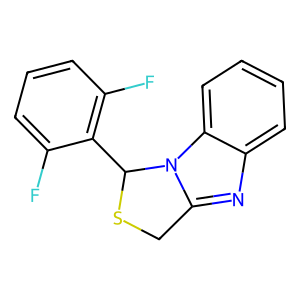
SMILES: Fc1cccc(F)c1C1SCc2nc3ccccc3n21
Inhibits HIV replication: Yes